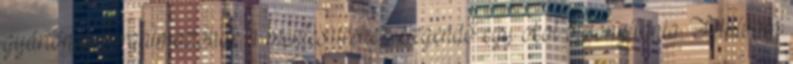
gyártónak forgalmazónak a mentesüléshez elegendő egy okot bizonyítania. Felhívom